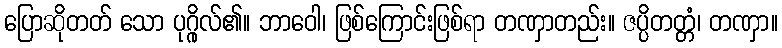
ပြောဆိုတတ် သော ပုဂ္ဂိုလ်၏။ ဘာဝေါ၊ ဖြစ်ကြောင်းဖြစ်ရာ တဏှာတည်း။ ဇပ္ပိတတ္တံ၊ တဏှာ။